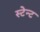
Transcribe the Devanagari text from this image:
स्टेन्ट